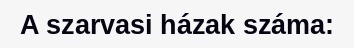
A szarvasi házak száma: